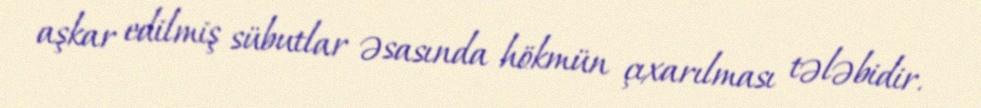
aşkar edilmiş sübutlar əsasında hökmün çıxarılması tələbidir.